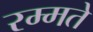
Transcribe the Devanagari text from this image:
रम्मते